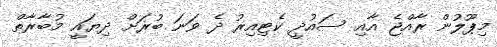
މިޕޫލުން ރާއްޖެ އާއި ސައުދީ ކެޓިއިރު ދެ ވަނަ ބުރަށް ދިޔައީ މުބާރާތް